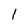
Character: l